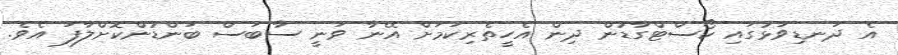
އެ ދަނޑިވަޅުގައި ކޯސްޓްގާޑުން ދިން އެހީތެރިކަމަށް އޭނާ ވަނީ ސާބަސް ބަންޑުންކޮށްލާފަ އެވެ.